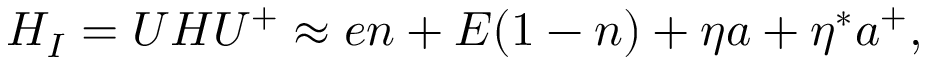
H _ { I } = U H U ^ { + } \approx e n + E ( 1 - n ) + \eta a + \eta ^ { * } a ^ { + } ,